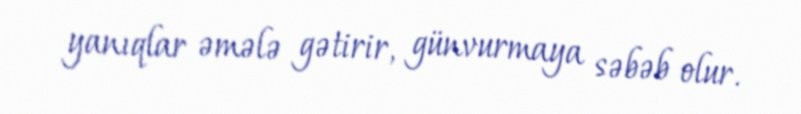
yanıqlar əmələ gətirir, günvurmaya səbəb olur.